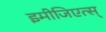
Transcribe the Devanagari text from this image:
इमीजिएत्स्